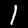
Label: 1